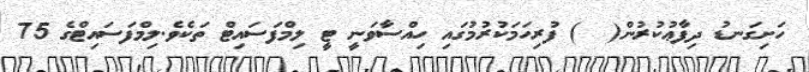
ހަށިގަނޑު ދިފާޢުކުރުން(  ) ފުރިހަމަކުރުމުގައި ހިއްސާވަނީ ޓީ ލިމްފަސައިޓް ތަކެވެ.ލިމްފަސައިޓްގެ 75